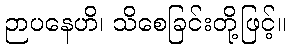
ဉာပနေဟိ၊ သိစေခြင်းတို့ဖြင့်။